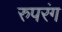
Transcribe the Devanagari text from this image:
रुपरंग